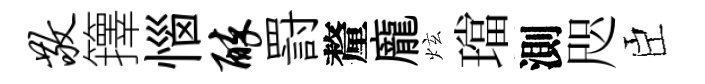
敬籜惱醉罸釐龐炫璫測咫臣